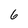
Character: 6